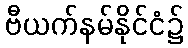
ဗီယက်နမ်နိုင်ငံ၌